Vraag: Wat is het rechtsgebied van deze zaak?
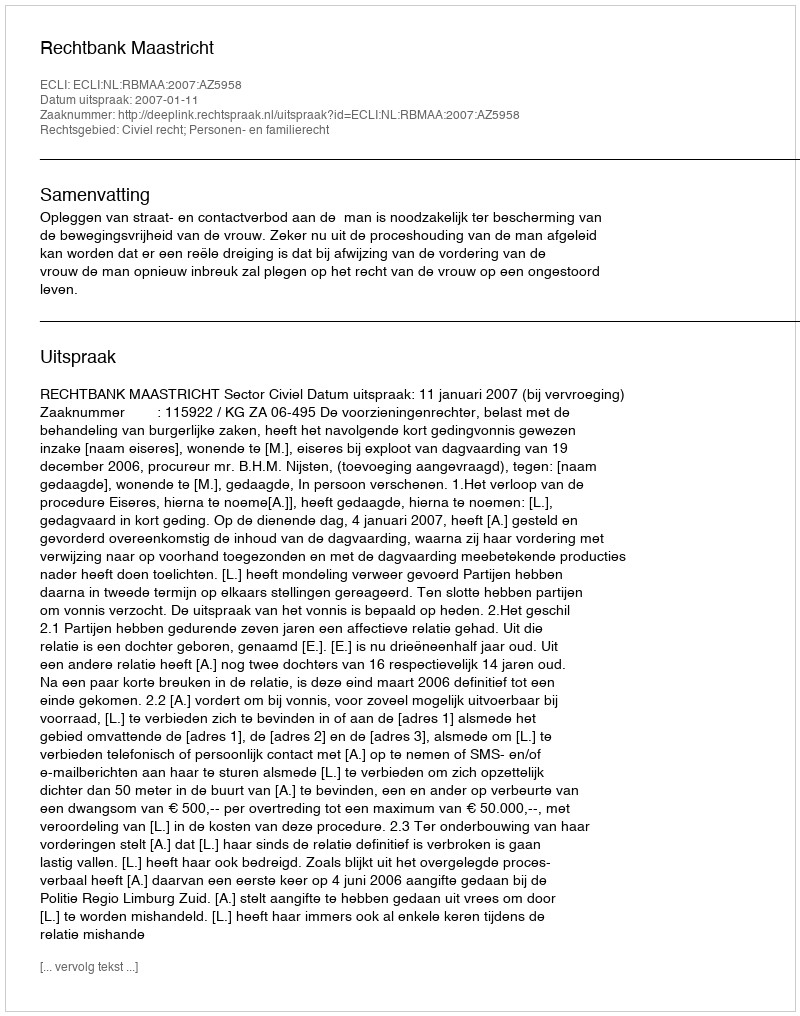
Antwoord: Civiel recht; Personen- en familierecht